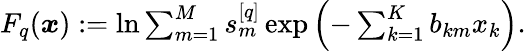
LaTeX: \begin{array}{r}{F_{q}(\boldsymbol{x}):=\ln\sum_{m=1}^{M}s_{m}^{[q]}\exp\left(-\sum_{k=1}^{K}b_{km}x_{k}\right).}\end{array}